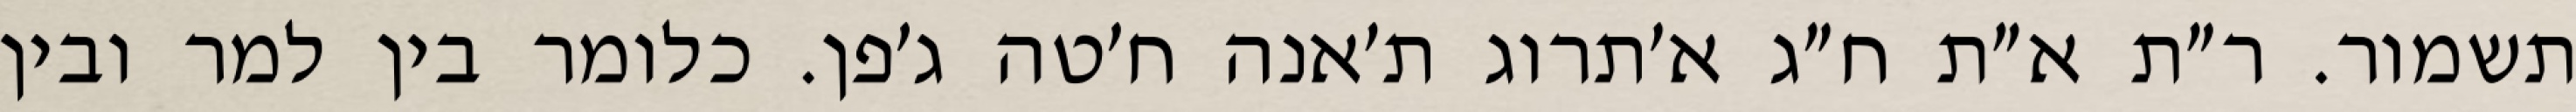
תשמור. ר״ת א״ת ח״ג א׳תרוג ת׳אנה ח׳טה ג׳פן. כלומר בין למר ובין